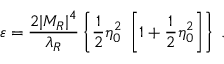
\varepsilon = \frac { 2 | M _ { R } | ^ { 4 } } { \lambda _ { R } } \left\{ \frac 1 2 \eta _ { 0 } ^ { 2 } \; \left[ 1 + \frac 1 2 \eta _ { 0 } ^ { 2 } \right] \right\} \; .